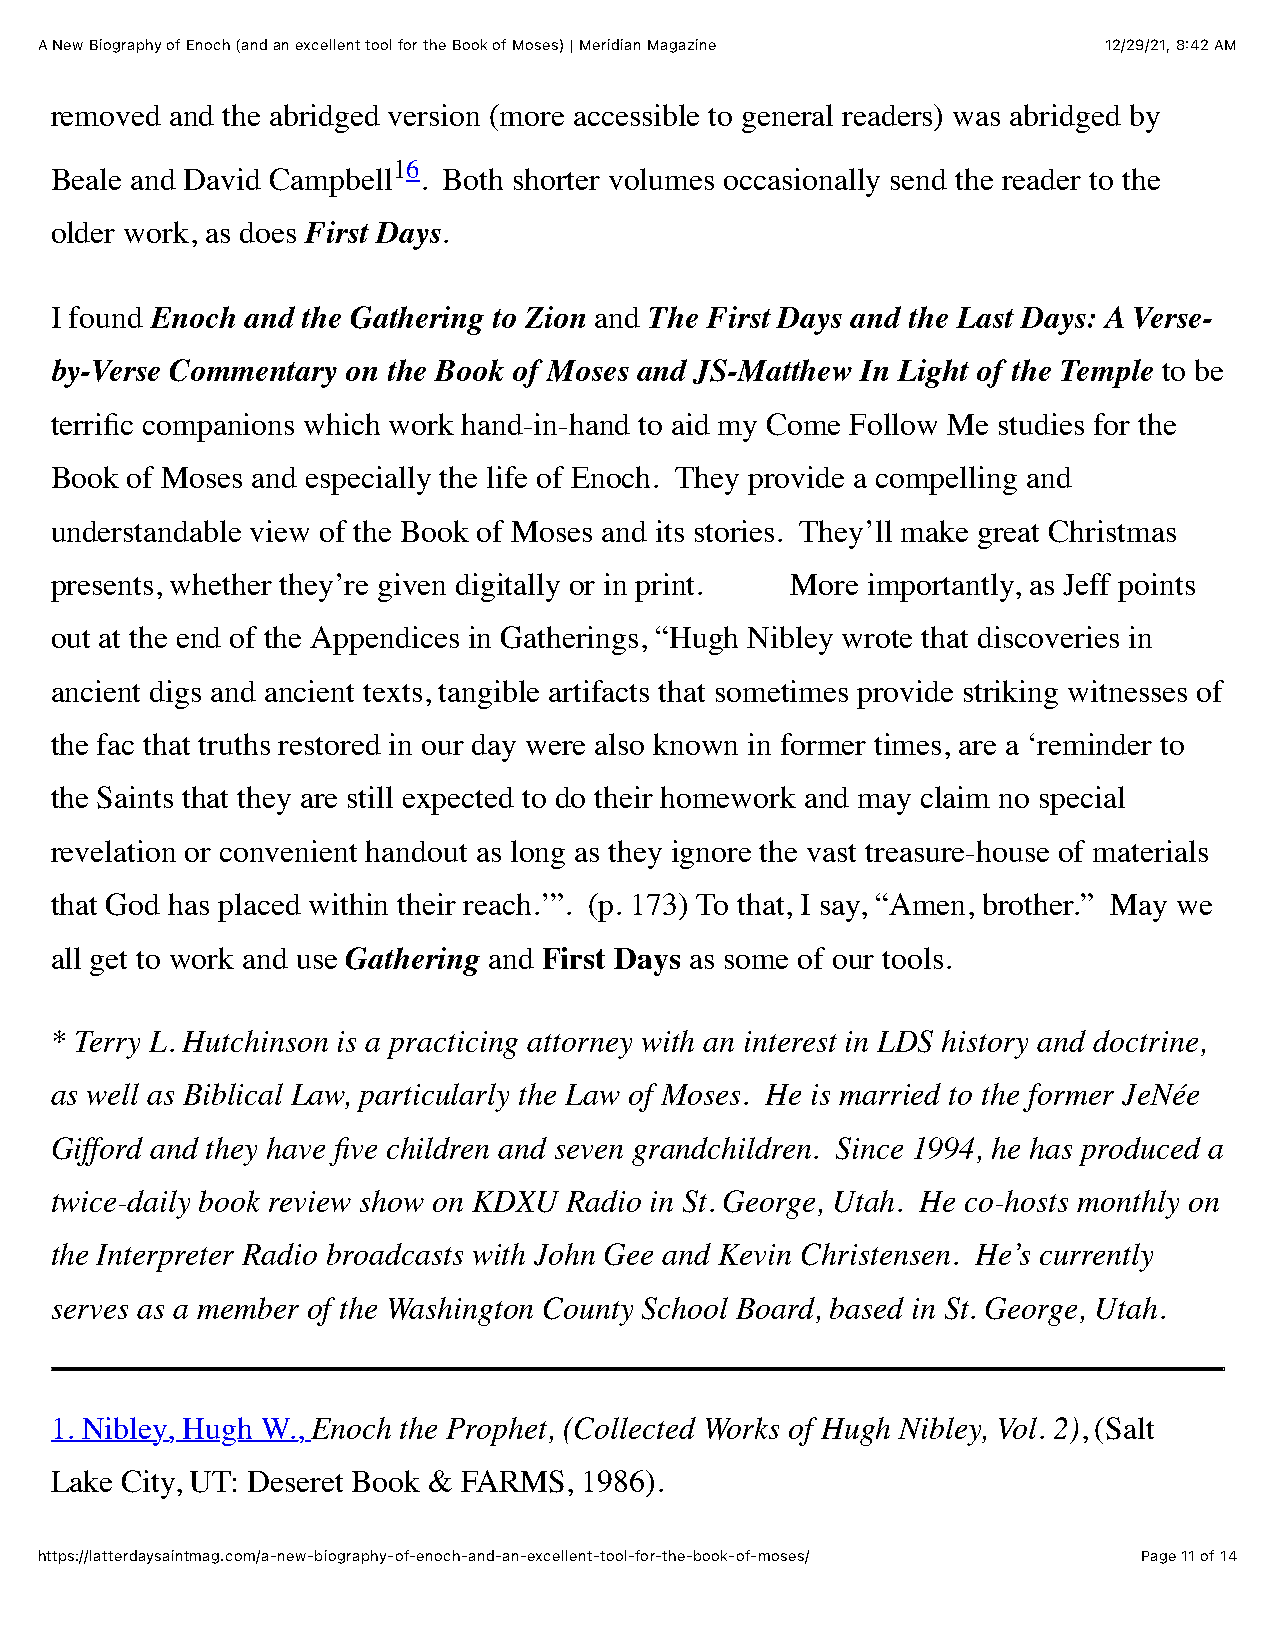
A New Biography of Enoch (and an excellent tool for the Book of Moses) | Meridian Magazine 12/29/21, 8:42 AM
 removed and the abridged version (more accessible to general readers) was abridged by
 16
 Beale and David Campbell . Both shorter volumes occasionally send the reader to the
 older work, as does First Days.
 I found Enoch and the Gathering to Zion and The First Days and the Last Days: A Verse-
 by-Verse Commentary on the Book of Moses and JS-Matthew In Light of the Temple to be
 terrific companions which work hand-in-hand to aid my Come Follow Me studies for the
 Book of Moses and especially the life of Enoch. They provide a compelling and
 understandable view of the Book of Moses and its stories. They’ll make great Christmas
 presents, whether they’re given digitally or in print. More importantly, as Jeff points
 out at the end of the Appendices in Gatherings, “Hugh Nibley wrote that discoveries in
 ancient digs and ancient texts, tangible artifacts that sometimes provide striking witnesses of
 the fac that truths restored in our day were also known in former times, are a ‘reminder to
 the Saints that they are still expected to do their homework and may claim no special
 revelation or convenient handout as long as they ignore the vast treasure-house of materials
 that God has placed within their reach.’”. (p. 173) To that, I say, “Amen, brother.” May we
 all get to work and use Gathering and First Days as some of our tools.
 * Terry L. Hutchinson is a practicing attorney with an interest in LDS history and doctrine,
 as well as Biblical Law, particularly the Law of Moses. He is married to the former JeNée
 Gifford and they have five children and seven grandchildren. Since 1994, he has produced a
 twice-daily book review show on KDXU Radio in St. George, Utah. He co-hosts monthly on
 the Interpreter Radio broadcasts with John Gee and Kevin Christensen. He’s currently
 serves as a member of the Washington County School Board, based in St. George, Utah.
 1. Nibley, Hugh W., Enoch the Prophet, (Collected Works of Hugh Nibley, Vol. 2), (Salt
 Lake City, UT: Deseret Book & FARMS, 1986).
 https://latterdaysaintmag.com/a-new-biography-of-enoch-and-an-excellent-tool-for-the-book-of-moses/ Page 11 of 14